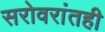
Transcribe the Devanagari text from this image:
सरोवरांतही